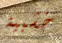
خشبية